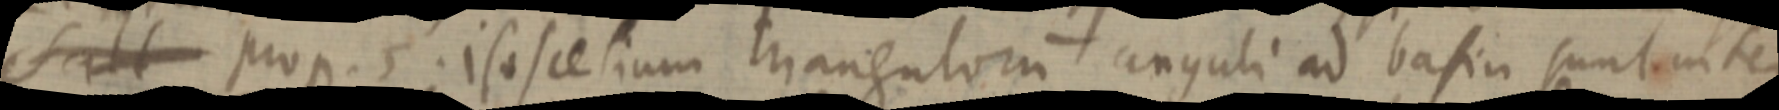
falt prop.5. isoscelium triangulorum anguli ad basiu sunt inter